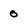
Character: 0